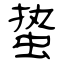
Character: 蛰